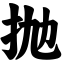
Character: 抛